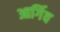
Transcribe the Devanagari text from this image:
आर्गिव